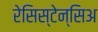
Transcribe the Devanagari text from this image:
रेसिस्टेन्सिअ